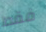
فقط